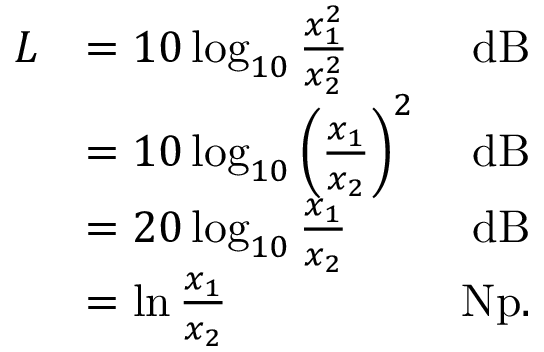
{ \begin{array} { r l r } { L } & { = 1 0 \log _ { 1 0 } { \frac { x _ { 1 } ^ { 2 } } { x _ { 2 } ^ { 2 } } } } & { { \mathrm { d B } } } \\ & { = 1 0 \log _ { 1 0 } { \left( { \frac { x _ { 1 } } { x _ { 2 } } } \right) } ^ { 2 } } & { { \mathrm { d B } } } \\ & { = 2 0 \log _ { 1 0 } { \frac { x _ { 1 } } { x _ { 2 } } } } & { { \mathrm { d B } } } \\ & { = \ln { \frac { x _ { 1 } } { x _ { 2 } } } } & { { \mathrm { N p } } . } \end{array} }